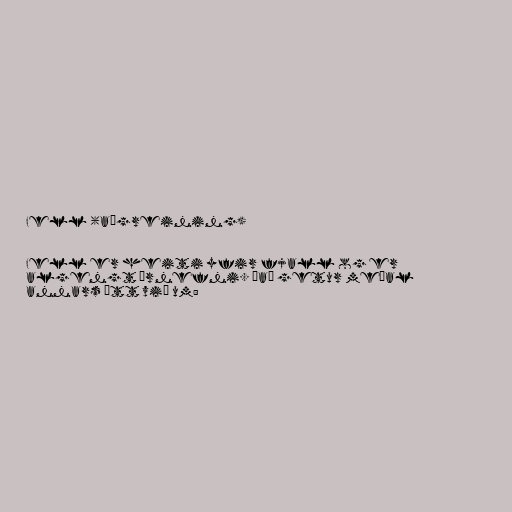
Fell (aðgreining)

Fell er heiti yfir fjall og er
algengt örnefni. Það getur meðal
annars átt við um: